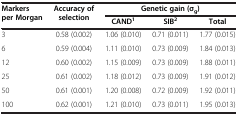
<table><thead><tr><td><b>Markers per Morgan</b></td><td><b>Accuracy of selection</b></td><td colspan="3"><b>Genetic gain (σ<sub>g</sub>)</b></td></tr><tr><td><b> </b></td><td><b> </b></td><td><b>CAND<sup>1</sup></b></td><td><b>SIB<sup>2</sup></b></td><td><b>Total</b></td></tr></thead><tbody><tr><td>3</td><td>0.58 (0.002)</td><td>1.06 (0.010)</td><td>0.71 (0.011)</td><td>1.77 (0.015)</td></tr><tr><td>6</td><td>0.59 (0.004)</td><td>1.11 (0.010)</td><td>0.73 (0.009)</td><td>1.84 (0.013)</td></tr><tr><td>12</td><td>0.60 (0.002)</td><td>1.15 (0.009)</td><td>0.73 (0.009)</td><td>1.88 (0.011)</td></tr><tr><td>25</td><td>0.61 (0.002)</td><td>1.18 (0.012)</td><td>0.73 (0.009)</td><td>1.91 (0.012)</td></tr><tr><td>50</td><td>0.61 (0.001)</td><td>1.20 (0.008)</td><td>0.72 (0.009)</td><td>1.92 (0.011)</td></tr><tr><td>100</td><td>0.62 (0.001)</td><td>1.21 (0.010)</td><td>0.73 (0.011)</td><td>1.95 (0.013)</td></tr></tbody></table>